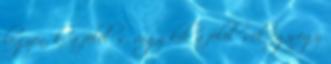
legyen, ki a felelős, vagy kik a felelősek egy-egy